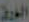
الورق